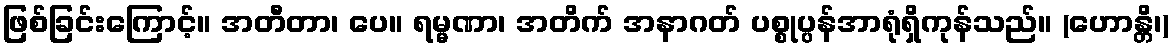
ဖြစ်ခြင်းကြောင့်။ အတီတာ၊ ပေ။ ရမ္မဏာ၊ အတိက် အနာဂတ် ပစ္စုပ္ပန်အာရုံရှိကုန်သည်။ (ဟောန္တိ၊)